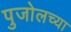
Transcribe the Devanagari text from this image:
पुजोलच्या